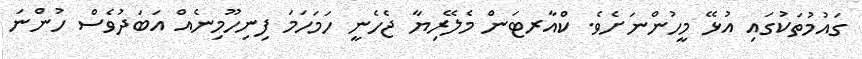
ގައުމުތަކުގައި އުޅޭ މީހުންނަށެވެ. ކްއާރޓަން މެލޭރިޔާ ޖެހެނީ ހަމަހަމަ ފިނިހޫމިނެއް އަބަދުވެސް ހުންނަ